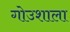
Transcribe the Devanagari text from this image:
गोउशाला